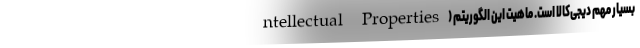
ntellectual Properties) بسیار مهم دیجی‌کالا است. ماهیت این الگوریتم